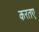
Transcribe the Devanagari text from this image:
करतए